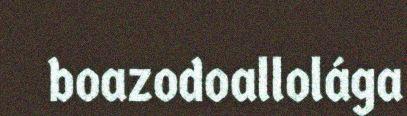
boazodoallolága